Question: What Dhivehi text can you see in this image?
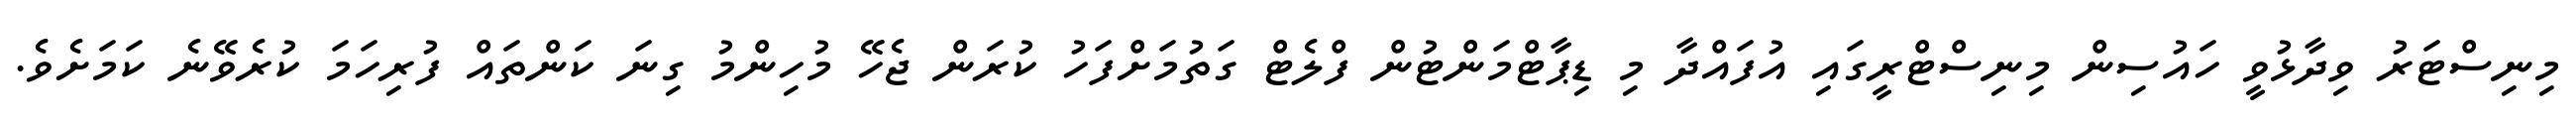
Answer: މިނިސްޓަރު ވިދާޅުވީ ހައުސިން މިނިސްޓްރީގައި އުފައްދާ މި ޑިޕާޓްމަންޓުން ފްލެޓް ގަތުމަށްފަހު ކުރަން ޖެހޭ މުހިންމު ގިނަ ކަންތައް ފުރިހަމަ ކުރެވޭނެ ކަމަށެވެ.